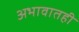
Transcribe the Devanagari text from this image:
अभावातही